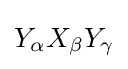
Y_{\alpha }X_{\beta }Y_{\gamma }